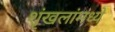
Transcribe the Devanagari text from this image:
शृंखलांमध्ये